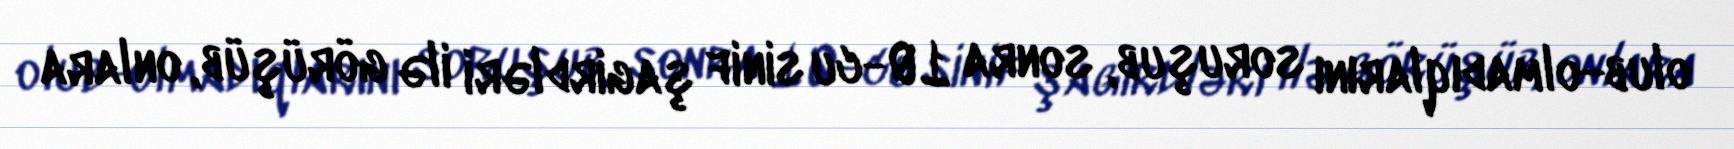
olub-olmadıqlarını soruşub, sonra 10-cu sinif şagirdləri ilə görüşüb, onlara